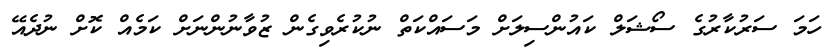
ހަމަ ސަރުކާރުގެ ސޯޝަލް ކައުންސިލަށް މަސައްކަތް ނުކުރެވިގެން ޒުވާނުންނަށް ކަމެއް ކޮށް ނުދެއޭ